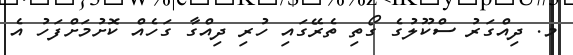
މ. ދިއްގަރު ސްކޫލުގެ ގޯތި ތެރޭގައި ހުރި ދިއްގާ ގަހެއް ކޮށުމަށްފަހު އެ